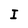
Character: I